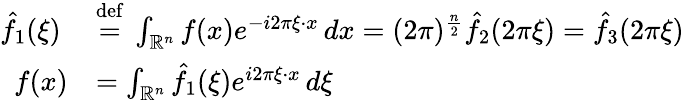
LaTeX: {\begin{array}{rl}{{\hat{f}}_{1}(\xi)\ }&{{\stackrel{\mathrm{def}}{=}}\ \int_{\mathbb{R}^{n}}f(x)e^{-i2\pi\xi\cdot x}\, dx=(2\pi)^{\frac{n}{2}}{\hat{f}}_{2}(2\pi\xi)={\hat{f}}_{3}(2\pi\xi)}\\ {f(x)}&{=\int_{\mathbb{R}^{n}}{\hat{f}}_{1}(\xi)e^{i2\pi\xi\cdot x}\, d\xi}\end{array}}